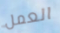
العمل